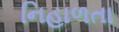
નિહાળતા